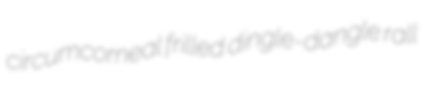
circumcorneal frilled dingle-dangle rall